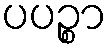
ပပဉ္စာ